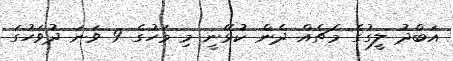
އަބްދު ލީގުގެ މެޗެއް ދެން ކުޅޭނީ މި މަހުގެ 9 ވަނަ ދުވަހުގަ